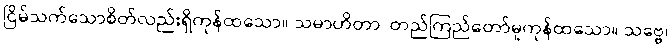
ငြိမ်သက်သောစိတ်လည်းရှိကုန်ထသော။ သမာဟိတာ၊ တည်ကြည်တော်မူကုန်ထသော။ သဗ္ဗေ၊